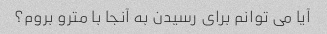
آیا می توانم برای رسیدن به آنجا با مترو بروم؟